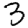
Digit: 3